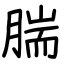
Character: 腨